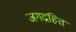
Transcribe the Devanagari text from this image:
जगद्रहित